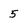
Character: 5